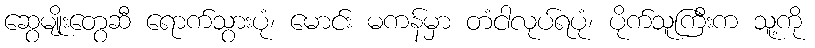
ဆွေမျိုးတွေဆီ ရောက်သွားပုံ၊ မောင်း မကန်မှာ တံငါလုပ်ရပုံ၊ ပိုက်သူကြီးက သူ့ကို